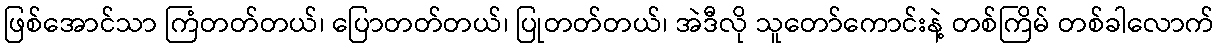
ဖြစ်အောင်သာ ကြံတတ်တယ်၊ ပြောတတ်တယ်၊ ပြုတတ်တယ်၊ အဲဒီလို သူတော်ကောင်းနဲ့ တစ်ကြိမ် တစ်ခါလောက်